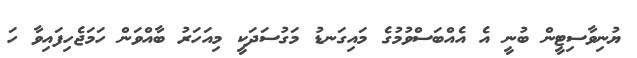
ޔުނިވާސިޓީން ބުނީ އެ އެއްބަސްވުމުގެ މައިގަނޑު މަގުސަދަކީ މިއަހަރު ބާއްވަން ހަމަޖެހިފައިވާ ހަ